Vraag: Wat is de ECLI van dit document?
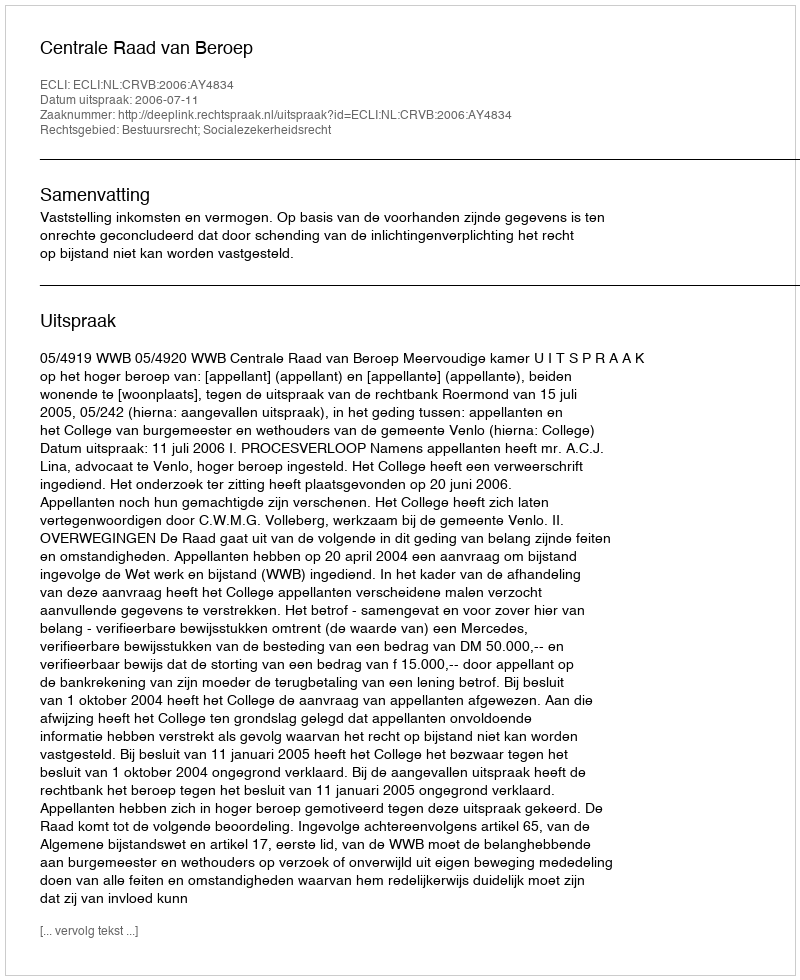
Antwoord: ECLI:NL:CRVB:2006:AY4834